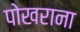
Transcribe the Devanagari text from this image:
पोखराना